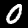
Digit: 0